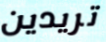
تريدين